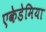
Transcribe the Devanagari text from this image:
एकेडेमिया